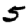
Digit: 5